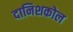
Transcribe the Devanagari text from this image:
दानिशकोल